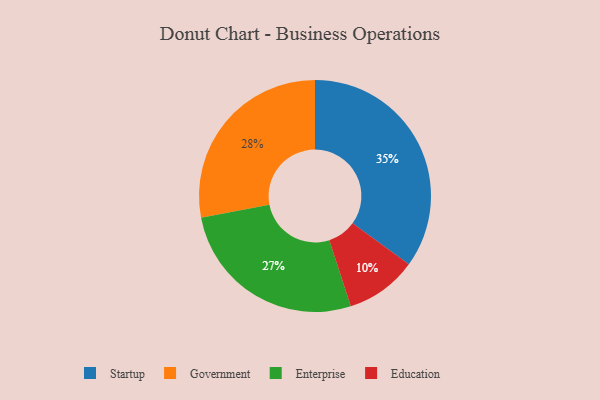
{"axis": {"x": "Category", "y": "Percentage"}, "legend": ["Education", "Enterprise", "Government", "Startup"], "data": [{"x": "Startup", "y": 35, "type": "Startup"}, {"x": "Government", "y": 28, "type": "Government"}, {"x": "Enterprise", "y": 27, "type": "Enterprise"}, {"x": "Education", "y": 10, "type": "Education"}]}